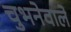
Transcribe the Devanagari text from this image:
चुभनेवाले